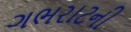
ગભરાટની